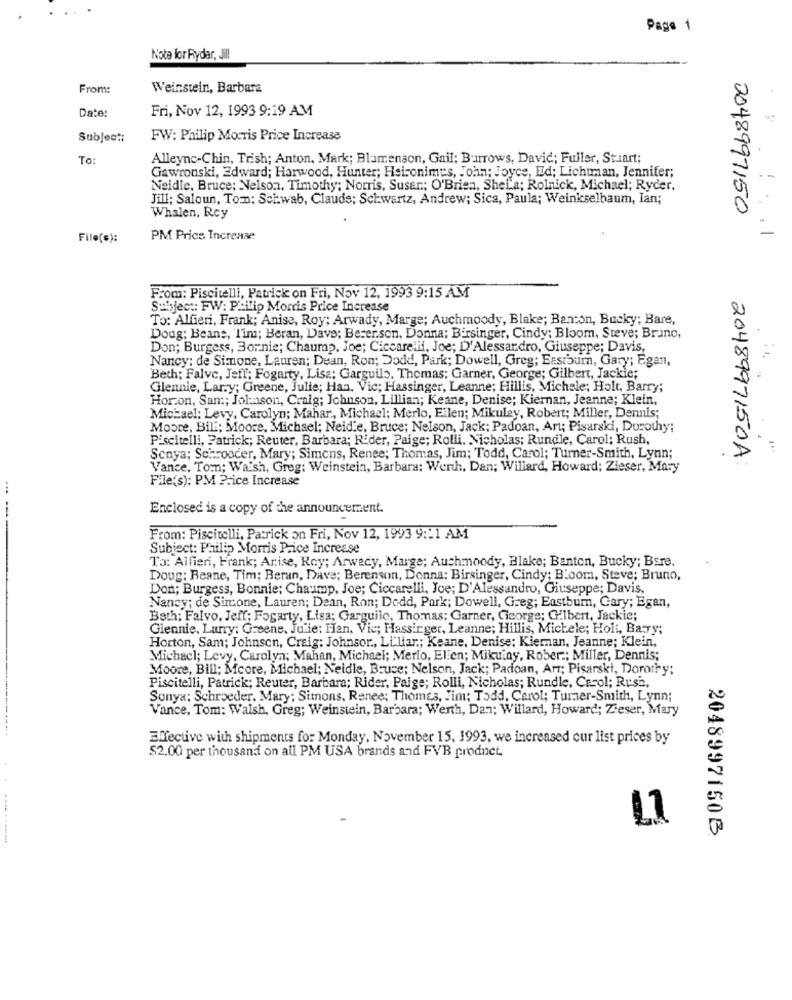
Page 1
Note for Rydar, Jil!
From:
Weinstein, Barbara
Date:
Fri, Nov 12, 1993 9:19 AM
Subject:
FW: Philip Morris Price Increase
To:
Alleync-Chin, Trish; Anton, Mark; Blumenson, Gail; Burrows, David; Fuller, Stuart;
Gawronski, Edward; Harwood, Hunter; Heironimes, John; Joyce, Ed; Lichtman, Jennifer;
Neidle. Bruce; Nelson, Timothy; Norris, Susan; O'Brien, SheLa; Rolnick, Michael; Ryder,
Jill; Saloun, Tom: Schwab, Claude; Schwartz, Andrew; Sica, Paula; Weinkselbaum, Ian;
2048997150
Whalen, Rcy
File(s):
PM Prics Increase
From: Piscitelli, Patrick on Fri, Nov 12, 1993 9:15 AM
Subject: FW: Philip Morris Price Increase
To: Alfieri, Frank; Anise, Roy; Arwady, Marge; Auchmoody, Blake; Bancon, Bucky; Bare,
Doug; Beans, Tim; Beran, Dave; Beser.son, Donna; Birsinger, Cindy; Bloom, Steve; Brano,
Don; Burgess, Bornie; Chaump, Joe; Ciccarelli, Joe; D'Alessandro, Giuseppe; Davis,
Nancy: de Simone, Lauren; Dean, Ron; Dodd, Park; Dowell, Greg; Essiburn, Gary; Egan,
Beth: Falve, Jeff; Fogarty, Lisa; Garguilo. Thomas: Garner, George; Gilbert, Jackie;
Glennie, Lar.y; Greene, Julie; Han. Vic; Hassinger, Leanne; Hillis, Michele; Holt, Barry;
Hor.on, Sam; Johnson, Craig; Johnson, Lillian; Keane, Denise; Kiernan, Jeanne; Klein.
Michael: Levy, Carolyn; Mahar ., Michael; Merlo, Ellen; Mikuley, Robert; Miller, Dennis;
Moore, Bill: Moore, Michael; Neidie, Bruce; Nelson, Jack; Padoan, Art; Pisarski, Dorothy;
Piscitelli, Patrick; Reuter, Barbara; Rider, Paige; Rolli. Nicholas; Rundle, Carol; Rush,
Sonya; Schrooder, Mary; Simens, Renee; Thomas, Jim; Todd, Carol; Turner-Smith, Lynn;
2048997150A
Vance, Tom; Walsh, Greg: Weinstein, Barbara: Werth, Dan; Willard, Howard; Zieser, Mary
File(s): PM 2-ice Increase
Enclosed is a copy of the announcement.
From: Piscitelli, Patrick on Fri, Nov 12, 1993 9:21 AM
Subject: Philip Morris Price Increase
To: Alfieri, Frank; Arise, Roy; Arwecy, Marge; Auchmoody, Blake; Banton, Bucky; Bsre.
Doug: Beane, Tim; Beran, Dave; Berenson, Donna: Birsinger, Cindy; Bloom, Steve; Bruno,
Don; Burgess, Bonnie: Chaump, Joe; Ciccarelli, Joe; D'Alessandro, Giuseppe; Davis,
Nancy; de Simone, Lauren; Dean, Ron; Dodd, Park; Dowell, Greg; Eastbumm, Cary; Egan,
Bath; Falvo, Jeff; Fogarty, Lisa; Garguilo, Thomas; Garner, George; Gilbert, Jackie;
Glennie. Larry: Greene. Ju ie: Han, Vic; Hassirger, Leanne; Hillis, Michele; Holt, Bary;
Horton, Sam; Johnsen, Craig: Johnsor ., Liliar .; Keane, Denise; Kiernan, Jeanne; Klein,
Michacl; Levy, Carolyn; Mahan, Michael; Merlo, Elien; Mikutay, Rober .; Miller, Dennis;
Moore, Bill; Mcore, Michael; Neidle, Bruce; Nelson, Jack; Padoan, Art; Pisarski, Dorothy;
Piscitelli, Patrick; Reuter, Barbara; Rider, Paige; Rolli, Nicholas; Rundle, Carol; Rush,
Sonya; Schroeder, Mary; Simons, Renee; Thomas, Jim; Todd, Carol; Turner-Smith, Lynn;
Vance, Tom: Walsh, Greg; Weinstein, Barbara; Werth, Dan; Willard, Howard; Zieser, Mary
Effective with shipments for Monday, November 15, 1993, we increased cur list prices by
$2.00 per thousand on all PM USA brands and FVB prodnet,
L1
2048997150B